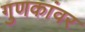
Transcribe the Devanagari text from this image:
गुणकांवर